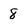
Character: 8